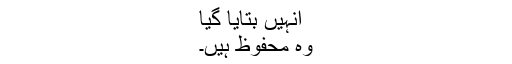
انہیں بتایا گیا
وہ محفوظ ہیں۔